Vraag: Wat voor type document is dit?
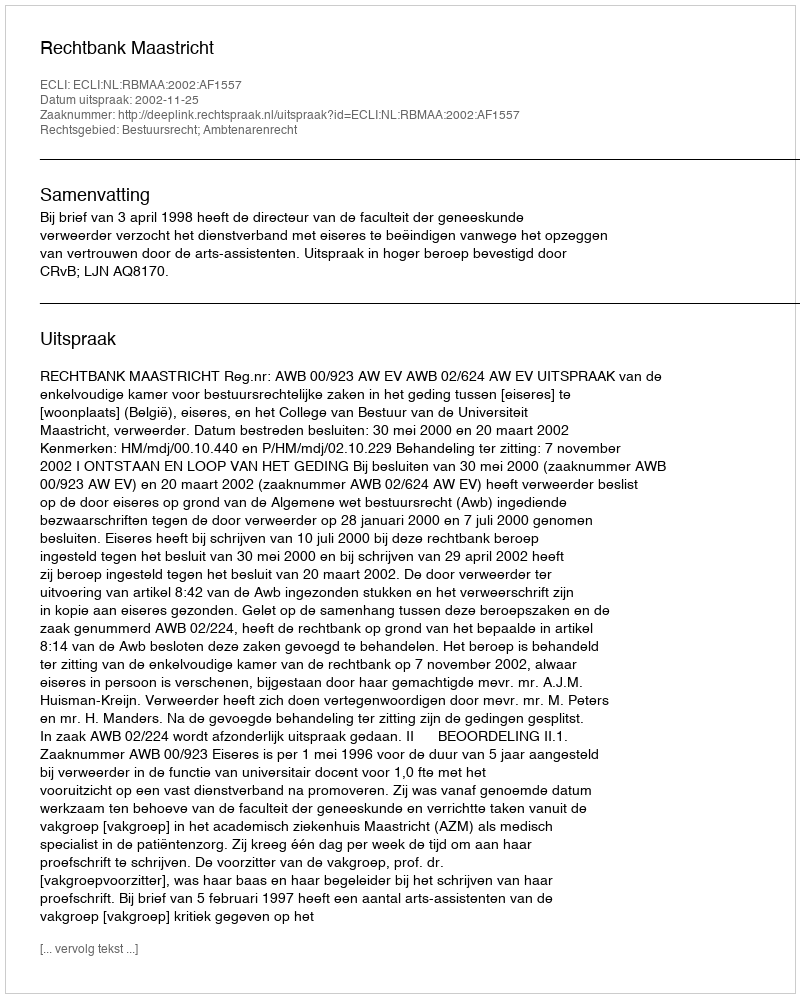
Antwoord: Uitspraak